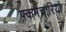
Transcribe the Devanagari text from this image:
फ्कर्मचारियों